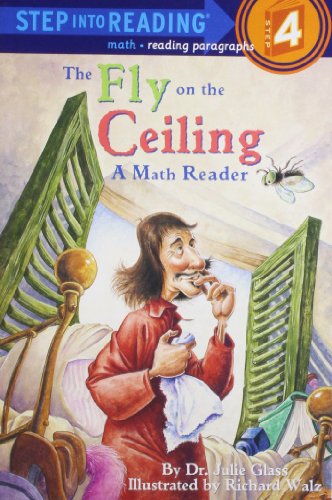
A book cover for A Fly on the Ceiling (Step-Into-Reading, Step 4); Julie Glass; Children's Books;